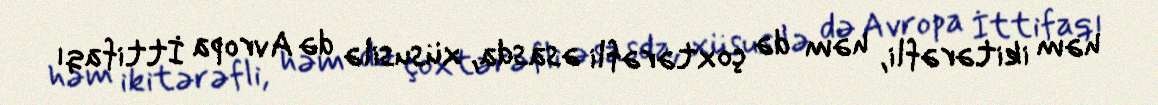
həm ikitərəfli, həm də çoxtərəfli əsasda, xüsusilə də Avropa İttifaqı